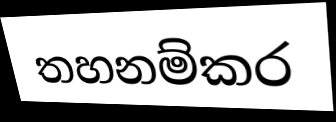
තහනම්කර